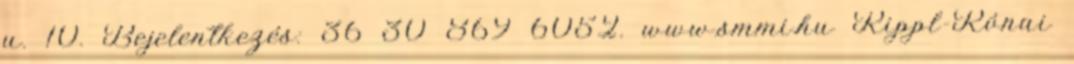
u. 10. Bejelentkezés: 36 30 869 6052. www.smmi.hu Rippl-Rónai